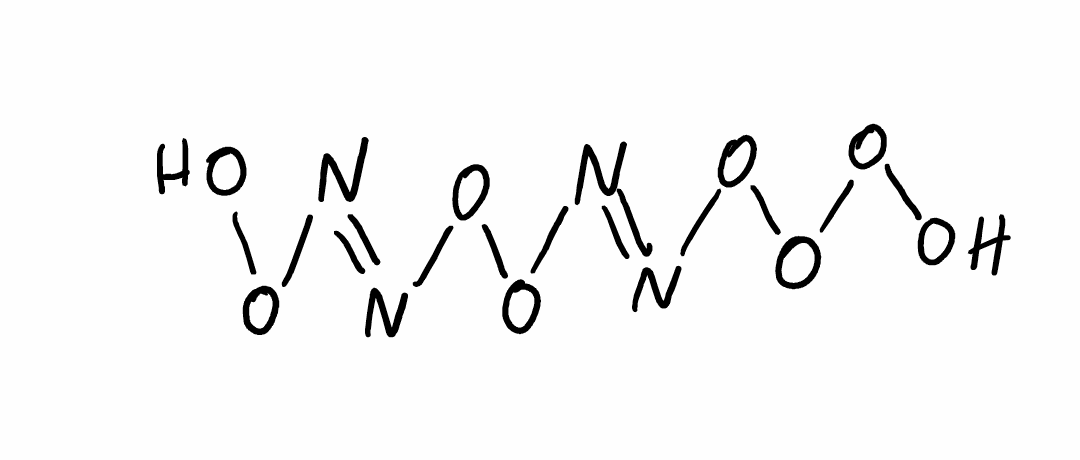
Simplified molecular-input line-entry system (SMILES) notation of the given molecule:
N(=N/OO/N=N/OOOO)\OO